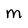
Character: M